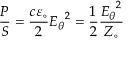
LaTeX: { \frac { P } { S } } = { \frac { c \varepsilon _ { \circ } } { 2 } } { E _ { \theta } } ^ { 2 } = { \frac { 1 } { 2 } } { \frac { { E _ { \theta } } ^ { 2 } } { Z _ { \circ } } } \,